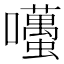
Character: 囆